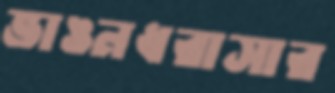
ভাঙনধরাসার